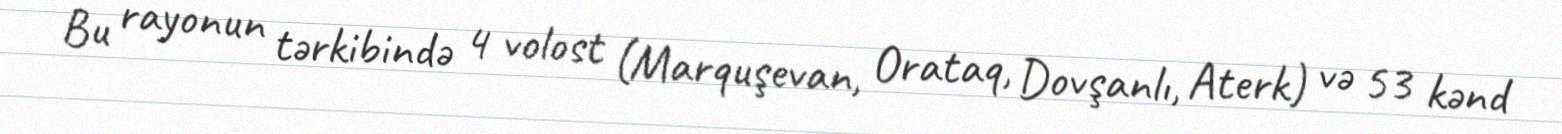
Bu rayonun tərkibində 4 volost (Marquşevan, Orataq, Dovşanlı, Aterk) və 53 kənd